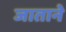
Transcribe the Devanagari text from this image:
जाताने